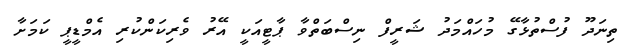
ތިނަދޫ ފުސްތުޅާގޭ މުހައްމަދު ޝަރީފް ނިސްބަތްވާ ޕާޓީއަކީ އޭރު ވެރިކަންކުރި އެމްޑީޕީ ކަމަށާ